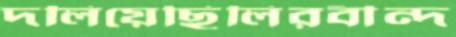
দলিয়েছিলিরবীন্দ